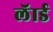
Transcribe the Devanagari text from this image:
लॅार्ड